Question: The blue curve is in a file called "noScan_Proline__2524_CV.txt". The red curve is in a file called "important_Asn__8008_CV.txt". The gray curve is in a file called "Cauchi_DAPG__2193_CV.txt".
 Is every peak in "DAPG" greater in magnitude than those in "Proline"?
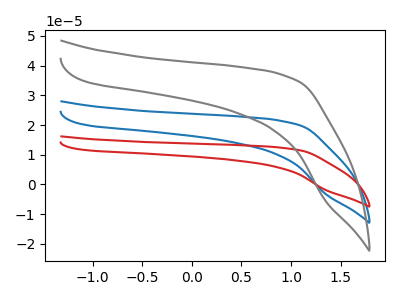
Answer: <think>The blue curve "Proline" has no peaks. The red curve "Asn" has no peaks. The gray curve "DAPG" has no peaks.</think>
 <answer>Niether CV has any peaks.</answer>
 <eval>blanks</eval>